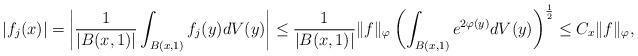
LaTeX: \begin{align*} |f_j(x)|=\left|\frac 1{|B(x,1)|}\int_{B(x,1)}f_j(y)dV(y)\right|\leq \frac 1{|B(x,1)|}\|f\|_\varphi\left(\int_{B(x,1)}e^{2\varphi(y)}dV(y)\right)^{\frac 12}\leq C_x\|f\|_\varphi, \end{align*}